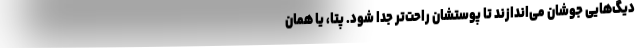
دیگ‌هایی جوشان می‌اندازند تا پوستشان راحت‌تر جدا شود. پتا، یا همان